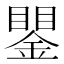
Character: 𲇖